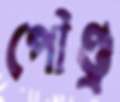
পৌণ্ড্র